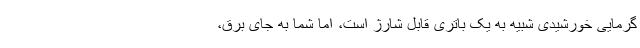
گرمایی خورشیدی شبیه به یک باتری قابل شارژ است، اما شما به جای برق،